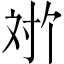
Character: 𫴬